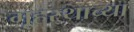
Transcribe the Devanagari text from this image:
गृ्हस्थाच्या